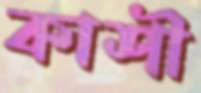
কাশী